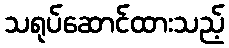
သရုပ်ဆောင်ထားသည့်